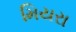
મિયરા